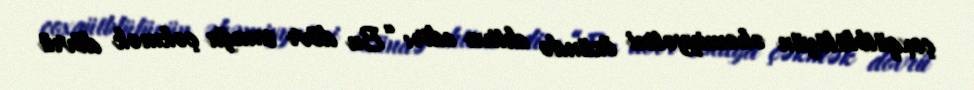
çoxqütblülüyün əhəmiyyətini özündə ehtiva edir: “Bu dövr sınağa çəkmək dövrü